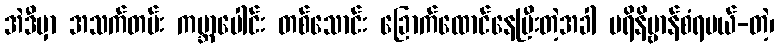
အဲဒီမှာ အသက်တမ်း ကမ္ဘာပေါင်း တစ်သောင်း ခြောက်ထောင်နေပြီးတဲ့အခါ ပရိနိဗ္ဗာန်စံရမယ်-တဲ့၊